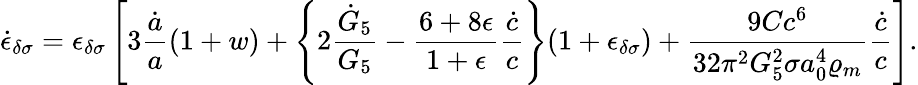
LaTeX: \dot{\epsilon}_{\delta\sigma}=\epsilon_{\delta\sigma}\left[3{\frac{\dot{a}}{a}}(1+w)+\left\{ 2{\frac{\dot{G}_{5}}{G_{5}}}-{\frac{6+8\epsilon}{1+\epsilon}}{\frac{\dot{c}}{c}}\right\} (1+\epsilon_{\delta\sigma})+{\frac{9Cc^{6}}{32\pi^{2}G_{5}^{2}\sigma a_{0}^{4}\varrho_{m}}}{\frac{\dot{c}}{c}}\right].